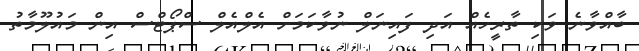
ބާއްވާނެ ވަކި ތާރީހެއް އަދި ފައިނަލް ނުވާކަމަށް އެލްއެލް ސްޕޯޓްސް އިން މައުލޫމާތު